Annual report of the Punjab Veterinary College and of the Civil Veterinary Department, Punjab - 1920-1925
Year: 1920
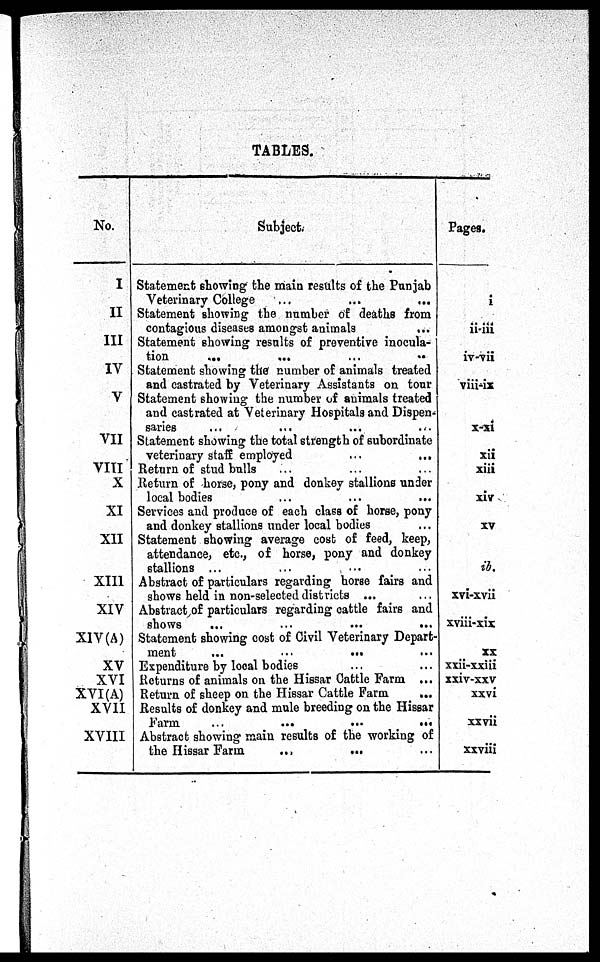
TABLES.
No.
I
II
III
IV
V
VII
VIII
X
XI
XII
XIII
XIV
XIV (A)
XV
XVI
XVI (A)
XVII
XVIII
Subject.
Statement showing the main results of the Punjab
Veterinary College ... ... ...
Statement showing the number of deaths from
contagious diseases amongst animals
Statement showing results of preventive inocula-
tion ... ... ... ... ... ...
Statement showing the number of animals treated
and castrated by Veterinary Assistants on tour
Statement showing the number of animals treated
and castrated at Veterinary Hospitals and Dispen-
saries ... ... ... ... ...
Statement showing the total strength of subordinate
veterinary staff employed ... ...
Return of stud bulls ... ... ... ...
Return of horse, pony and donkey stallions under
local bodies ... ... ...
Services and produce of each class of horse, pony
and donkey stallions under local bodies
Statement showing average cost of feed, keep,
attendance, etc., of horse, pony and donkey
stallions ...
...
...
Abstract of particulars regarding horse fairs and
shows held in non-selected districts ...
Abstract of particulars regarding cattle fairs and
shows ... ... ... ...
Statement showing cost of Civil Veterinary Depart-
ment
...
... ...
Expenditure by local bodies ... ... ...
Returns of animals on the Hissar Cattle Farm ...
Return of sheep on the Hissar Cattle Farm
...
Results of donkey and mule breeding on the Hissar
Farm
...
... ... ... ...
Abstract showing main results of the working of
the Hissar Farm ... ... ... ...
Pages.
i
ii-iii
iv-vii
viii-ix
x-xi
xii
xiii
xiv
xv
ib.
xvi-xvii
xviii-xix
xx
xxii-xxiii
xxiv-xxv
xxvi
xxvii
xxviii